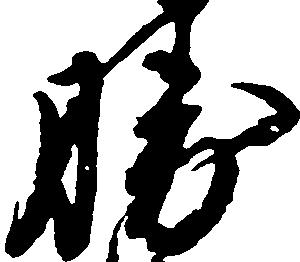
勝